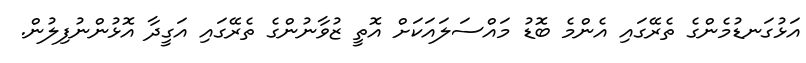
އަޅުގަނޑުމެންގެ ތެރޭގައި އެންމެ ބޮޑު މައްސަލައަކަށް އޮތީ ޒުވާނުންގެ ތެރޭގައި އަގީދާ އޮޅުންނުފިލުން.